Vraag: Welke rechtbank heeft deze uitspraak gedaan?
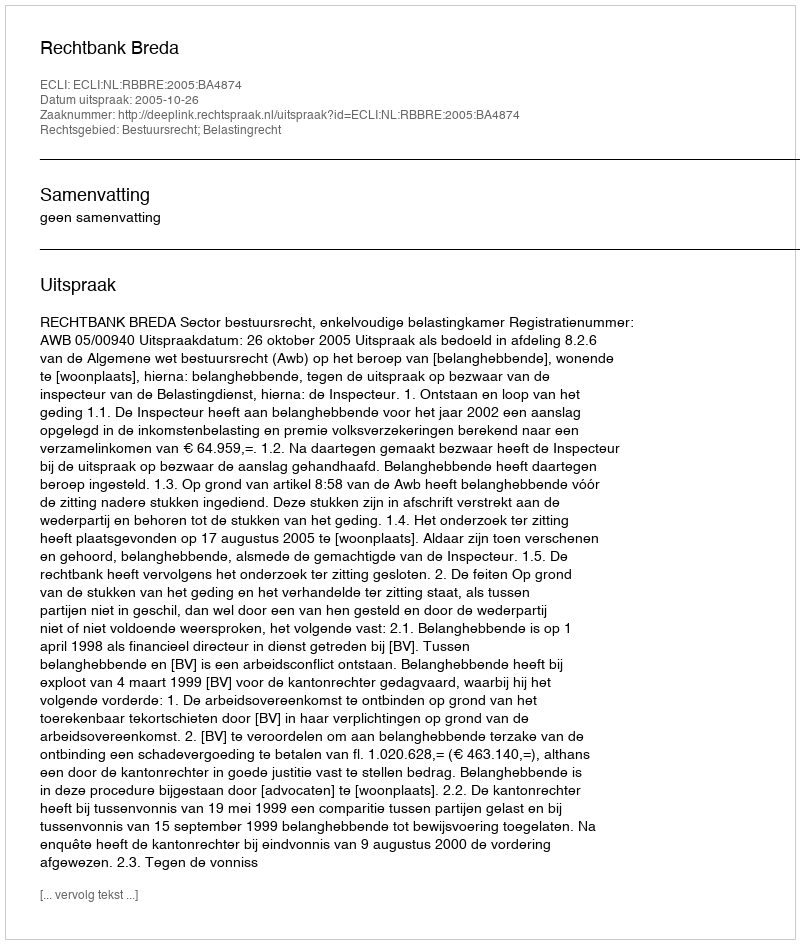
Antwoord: Rechtbank Breda